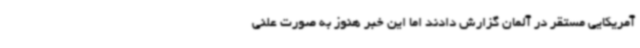
آمریکایی مستقر در آلمان گزارش دادند اما این خبر هنوز به صورت علنی